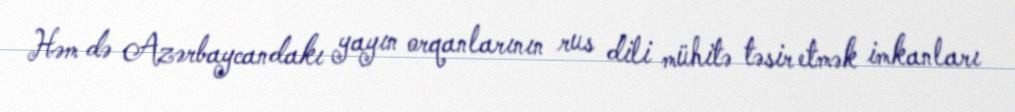
Həm də Azərbaycandakı yayın orqanlarının rus dili mühitə təsir etmək imkanları